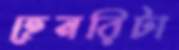
হেনরিটা